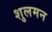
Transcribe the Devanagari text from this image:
शुलमन